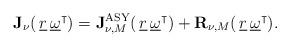
LaTeX: \begin{align*} \mathbf{J}_\nu(\, \underline{r}\,\underline{\omega}^\intercal ) = \mathbf{J}_{\nu,M}^{\rm ASY}(\, \underline{r}\,\underline{\omega}^\intercal ) + \mathbf{R}_{\nu,M}(\, \underline{r}\,\underline{\omega}^\intercal ).\end{align*}